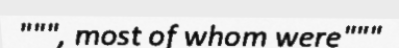
""", most of whom were"""